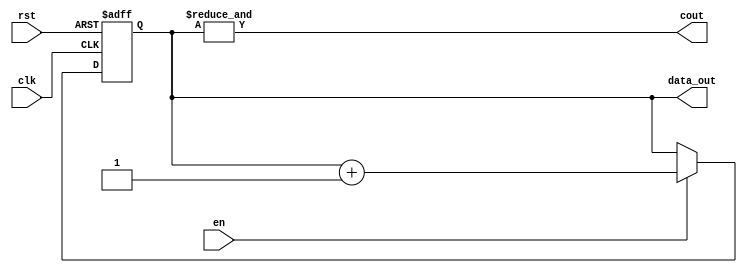
module counter_2bit
(
    input clk,
    input rst,
    input en,
    output reg[1:0] data_out,
    output cout
);
    always@ (posedge clk or posedge rst)
    begin
        if(rst)
            data_out = 0;
        else if(en)
            data_out = data_out + 1;
        else
            data_out = data_out;
    end
    assign cout = &data_out;
endmodule